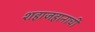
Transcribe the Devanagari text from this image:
शहाजहानाची